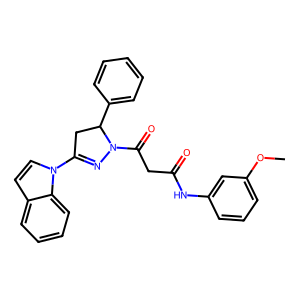
SMILES: COc1cccc(NC(=O)CC(=O)N2N=C(n3ccc4ccccc43)CC2c2ccccc2)c1
Inhibits HIV replication: No